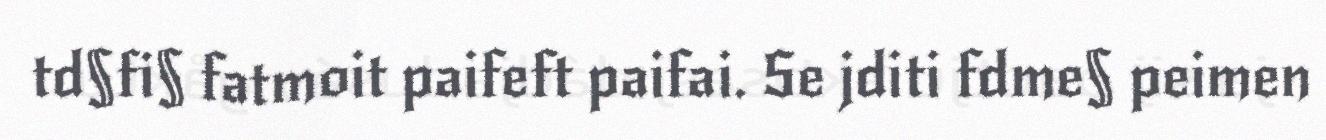
td§fi§ fatmoit paifeft paifai. Se jditi fdme§ peimen